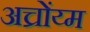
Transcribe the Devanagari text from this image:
अच्रोंय्म